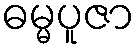
ဓမ္မပူဇာ